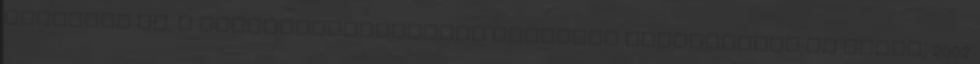
indultak ki. A spermiumvetélkedés teóriája Shackelford és mtsai, 2002